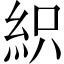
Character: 𥿗